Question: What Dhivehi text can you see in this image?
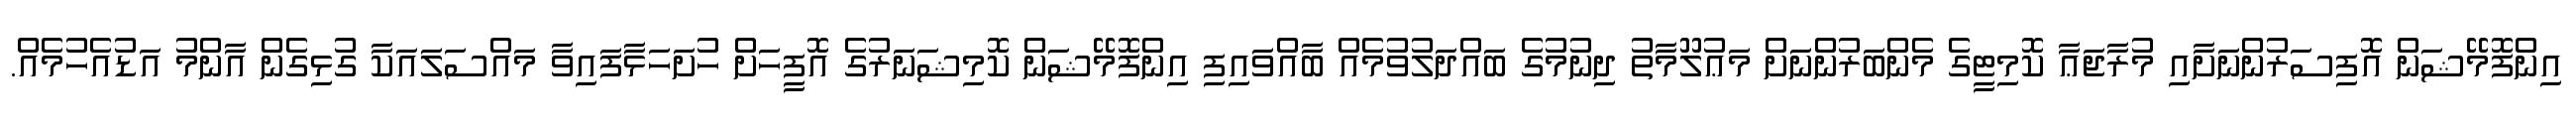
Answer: އިންފޮމޭޝަން އޮފިސަރުންނަށާއި މުރާޖަޢާ ކޮމިޓީގެ މެންބަރުންނަށް މަޢުލޫމާތު ދިނުމުގެ ބައްދަލުވުމެއް ބާއްވައިފި އިންފޮމޭޝަން ކޮމިޝަނަރުގެ އޮފީހަށް ހުށަހަޅާފައިވާ މައްސަލައަކާ ގުޅިގެން އާންމު އަޑުއެހުމެއް.